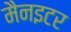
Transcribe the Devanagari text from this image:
मैनइटर